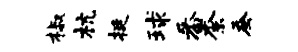
椒杭挺球番柰蚕